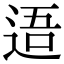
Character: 逜